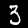
Label: 3